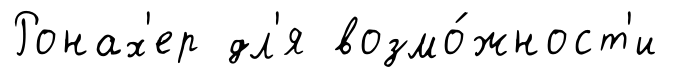
Ронах'ер дл'я возмо́жност'и